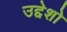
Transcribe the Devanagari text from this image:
उद्देशो